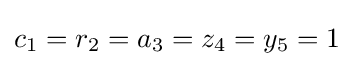
c_{1}=r_{2}=a_{3}=z_{4}=y_{5}=1